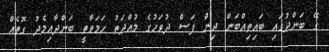
ގޭ ބަންދުގައި ބައިތިއްބަން ދިން ފަސް ދުވަހުގެ މުއްދަތު ހަމަވާތީ ބަންދާއިމެދު ގޮތެއް